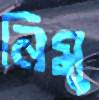
নিমু